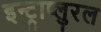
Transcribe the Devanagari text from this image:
इन्ट्राप्लुरल